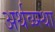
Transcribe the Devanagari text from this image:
अर्थव्य्स्था